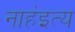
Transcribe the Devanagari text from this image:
नाहंइत्य